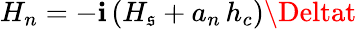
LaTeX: H_{n}=-\mathbf{i}\, (H_{\mathfrak{s}}+a_{n}\, h_{c})\Deltat